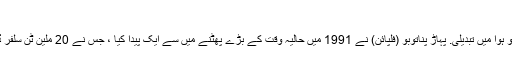
آتش فشاں پھٹنے اور آب و ہوا کے اثرات
محققین نے مخصوص مطالعہ کیا ہے آتش فشاں پھٹنا اور آب و ہوا میں تبدیلی. پہاڑ پناتوبو (فلپائن) نے 1991 میں حالیہ وقت کے بڑے پھٹنے میں سے ایک پیدا کیا ، جس نے 20 ملین ٹن سلفر ڈائی آکسائیڈ اور راکھ کے ذرات کو تغیر پزیر میں جاری کیا۔